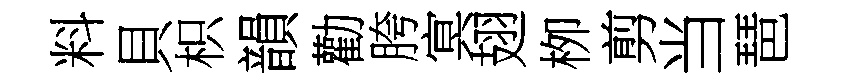
料貝枳韻勸胯㝠翅栁剪当琶